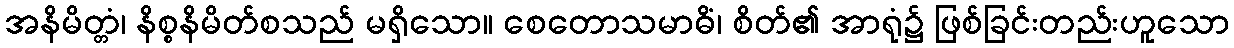
အနိမိတ္တံ၊ နိစ္စနိမိတ်စသည် မရှိသော။ စေတောသမာဓိံ၊ စိတ်၏ အာရုံ၌ ဖြစ်ခြင်းတည်းဟူသော